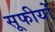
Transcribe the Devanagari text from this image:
सूफीयों